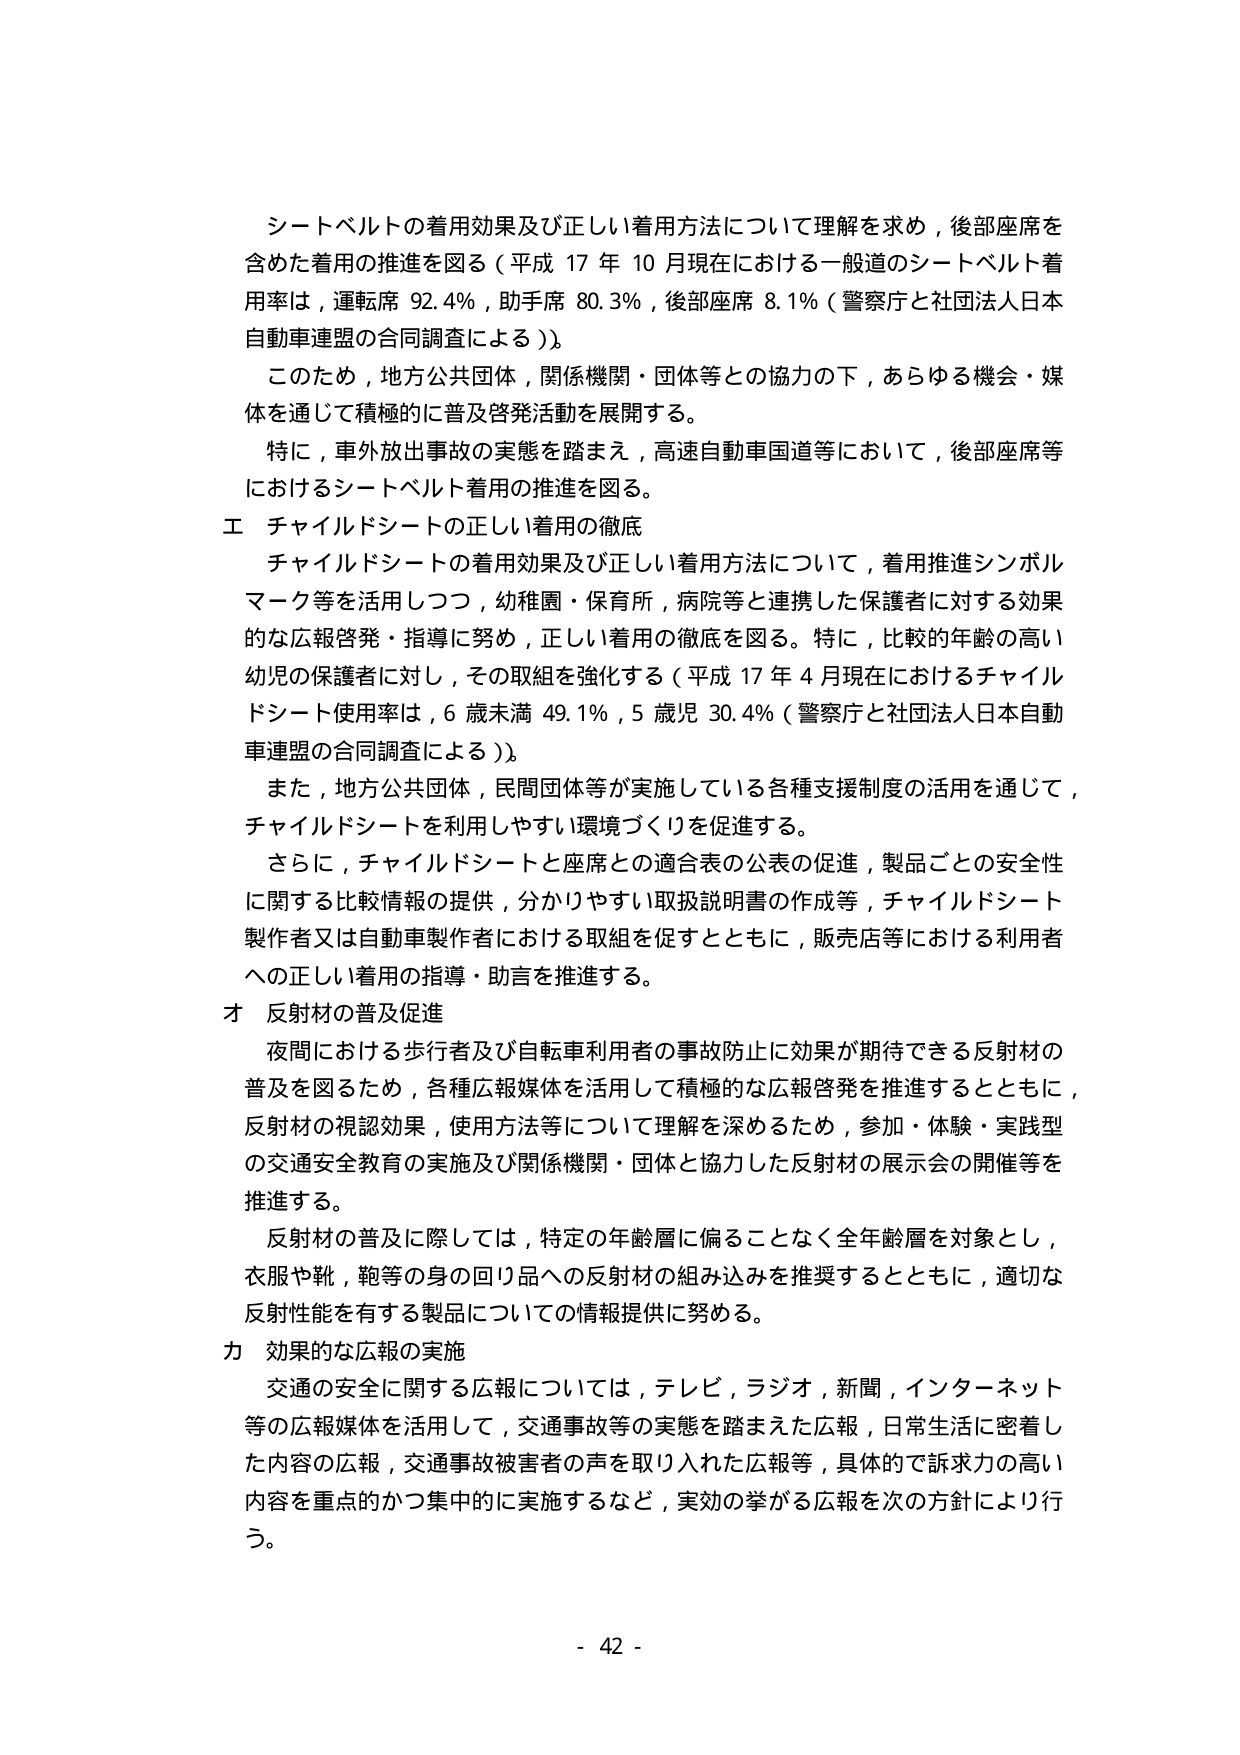
シートベルトの着用効果及び正しい着用方法について理解を求め，後部座席を含めた着用の推進を図る（平成 17 年 10 月現在における一般道のシートベルト着用率は，運転席 92.4％，助手席 80.3％，後部座席 8.1％（警察庁と社団法人日本自動車連盟の合同調査による））。

このため，地方公共団体，関係機関・団体等との協力の下，あらゆる機会・媒体を通じて積極的に普及啓発活動を展開する。

特に，車外放出事故の実態を踏まえ，高速自動車国道等において，後部座席等におけるシートベルト着用の推進を図る。

エ チャイルドシートの正しい着用の徹底

チャイルドシートの着用効果及び正しい着用方法について，着用推進シンボルマーク等を活用しつつ，幼稚園・保育所，病院等と連携した保護者に対する効果的な広報啓発・指導に努め，正しい着用の徹底を図る。特に，比較的年齢の高い幼児の保護者に対し，その取組を強化する（平成 17 年 4 月現在におけるチャイルドシート使用率は，6 歳未満 49.1％，5 歳児 30.4％（警察庁と社団法人日本自動車連盟の合同調査による））。

また，地方公共団体，民間団体等が実施している各種支援制度の活用を通じて，チャイルドシートを利用しやすい環境づくりを促進する。

さらに，チャイルドシートと座席との適合表の公表の促進，製品ごとの安全性に関する比較情報の提供，分かりやすい取扱説明書の作成等，チャイルドシート製作者又は自動車製作者における取組を促すとともに，販売店等における利用者への正しい着用の指導・助言を推進する。

オ 反射材の普及促進

夜間における歩行者及び自転車利用者の事故防止に効果が期待できる反射材の普及を図るため，各種広報媒体を活用して積極的な広報啓発を推進するとともに，反射材の視認効果，使用方法等について理解を深めるため，参加・体験・実践型の交通安全教育の実施及び関係機関・団体と協力した反射材の展示会の開催等を推進する。

反射材の普及に際しては，特定の年齢層に偏ることなく全年齢層を対象とし，衣服や靴，鞄等の身の回り品への反射材の組み込みを推奨するとともに，適切な反射性能を有する製品についての情報提供に努める。

カ 効果的な広報の実施

交通の安全に関する広報については，テレビ，ラジオ，新聞，インターネット等の広報媒体を活用して，交通事故等の実態を踏まえた広報，日常生活に密着した内容の広報，交通事故被害者の声を取り入れた広報等，具体的で訴求力の高い内容を重点的かつ集中的に実施するなど，実効の挙がる広報を次の方針により行う。

- 42 -